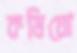
কষিয়ো